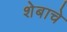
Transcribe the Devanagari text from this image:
शेबाचे